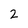
Character: 2